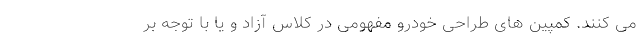
می کنند. کمپین های طراحی خودرو مفهومی در کلاس آزاد و یا با توجه بر